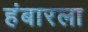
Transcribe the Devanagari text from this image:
हंबारला